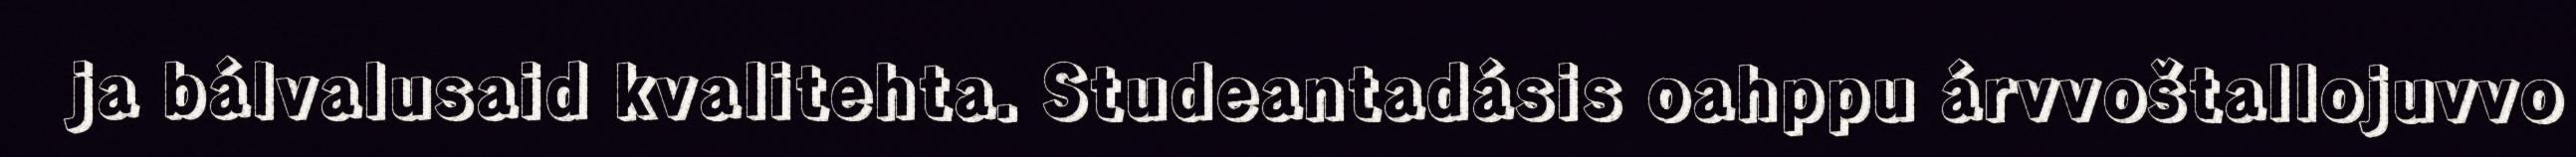
ja bálvalusaid kvalitehta. Studeantadásis oahppu árvvoštallojuvvo